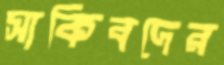
সাকিবদের